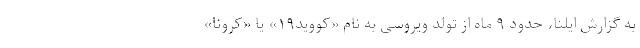
به گزارش ایلنا، حدود ۹ ماه از تولد ویروسی به نام «کووید۱۹» یا «کرونا»